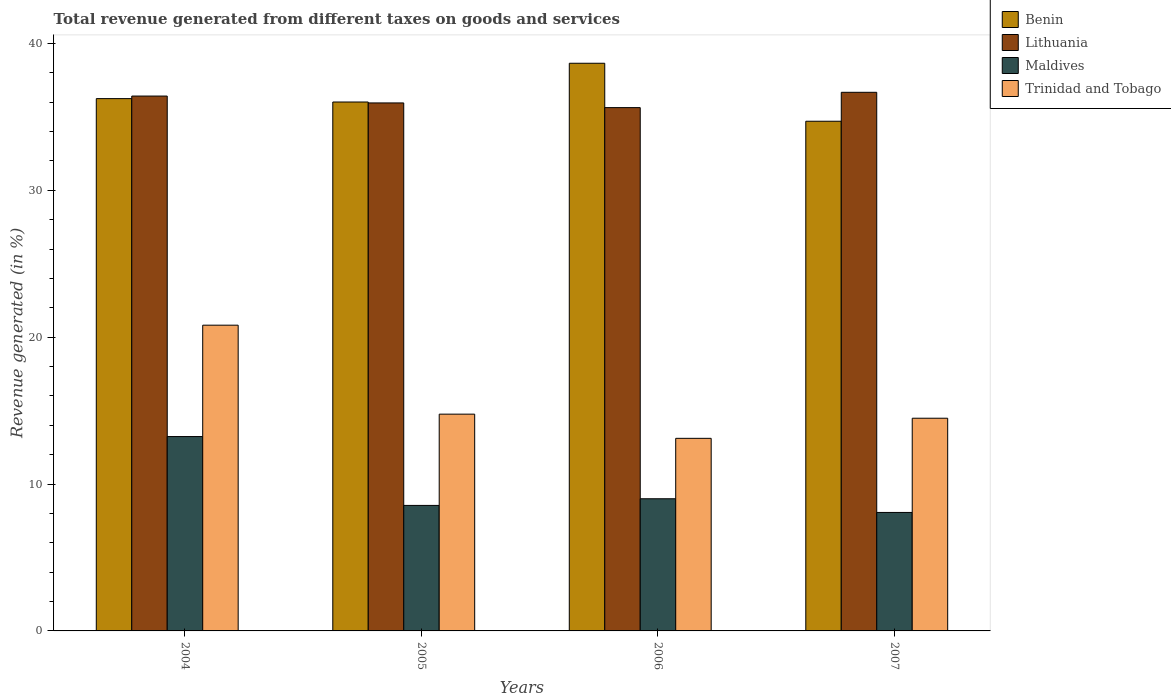
| Years | Benin | Lithuania | Maldives | Trinidad and Tobago |
 | --- | --- | --- | --- | --- |
 | 2004 | 36.2 | 36.4 | 13.2 | 20.8 |
 | 2005 | 36 | 36 | 8.55 | 14.8 |
 | 2006 | 38.7 | 35.6 | 9 | 13.1 |
 | 2007 | 34.7 | 36.7 | 8.07 | 14.5 |